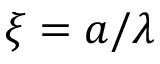
\xi = a / \lambda